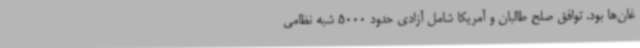
غان‌ها بود. توافق صلح طالبان و آمریکا شامل آزادی حدود 5000 شبه نظامی